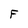
Character: F